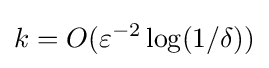
k=O(\varepsilon ^{-2}\log(1/\delta ))